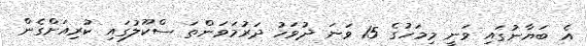
އެ ބަޔާނުގައި ވަނީ މިމަހުގެ 15 ވަނަ ދުވަހު ދަރުމަވަންތަ ސްކޫލުގައި ކުރިއަށްގެން